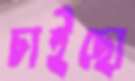
চাইছো